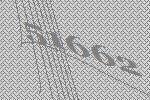
51662